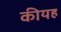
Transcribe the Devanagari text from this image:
कीयह